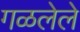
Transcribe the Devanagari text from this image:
गळलेले